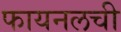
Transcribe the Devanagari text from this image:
फायनलची